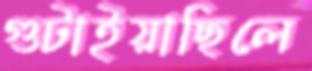
গুটাইয়াছিলে